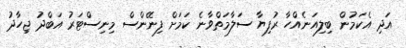
އަދި އެކަމުން ބިލިއަނެއްހާ ރުފިޔާ ސަލާމަތްވާނެ ކަމަށް ފިނޭންސް މިނިސްޓަރު އަބްދު ޖިހާދު